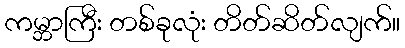
ကမ္ဘာကြီး တစ်ခုလုံး တိတ်ဆိတ်လျက်။